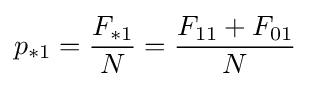
p_{*1}={\frac {F_{*1}}{N}}={\frac {F_{11}+F_{01}}{N}}